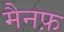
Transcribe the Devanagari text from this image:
मैनफ़